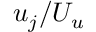
u _ { j } / U _ { u }